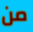
من